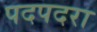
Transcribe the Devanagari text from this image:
पदपदरा